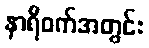
နာရီဝက်အတွင်း